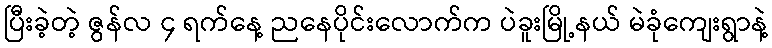
ပြီးခဲ့တဲ့ ဇွန်လ ၄ ရက်နေ့ ညနေပိုင်းလောက်က ပဲခူးမြို့နယ် မဲခုံကျေးရွာနဲ့